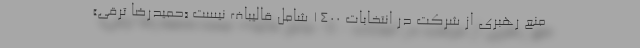
منع رهبری از شرکت در انتخابات 1400 شامل قالیباف نیست «حمیدرضا ترقی»